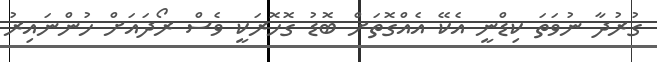
ގުރުދާ ނުވަތަ ކިޑްނީ އެކޭ އެއްގޮތަށް ބޮޑު ގޮހޮރަކީ ވެސް ރޯދައަށް ހުންނައިރު